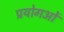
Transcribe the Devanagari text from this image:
प्रयोगओं